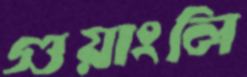
গুয়াংলি